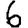
Digit: 6